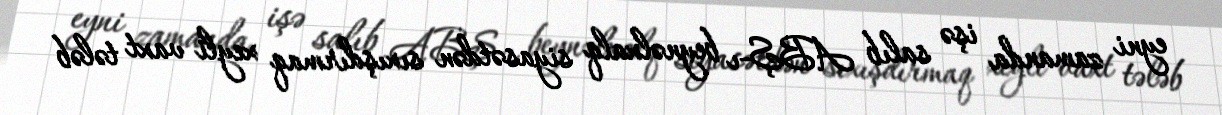
eyni zamanda işə salıb ABŞ-ı beynəlxalq siyasətdən sıxışdırmaq xeyli vaxt tələb